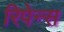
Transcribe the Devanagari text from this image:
रिपेन्स